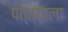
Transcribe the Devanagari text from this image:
पत्त्याला